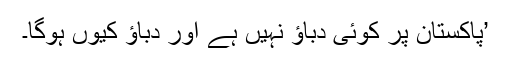
’پاکستان پر کوئی دباؤ نہیں ہے اور دباؤ کیوں ہوگا۔